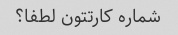
شماره کارتتون لطفا؟